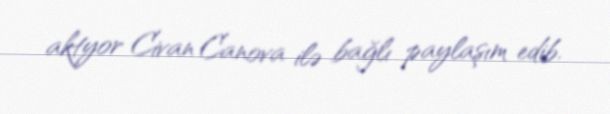
aktyor Civan Canova ilə bağlı paylaşım edib.